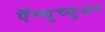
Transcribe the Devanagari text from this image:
ऍम्युच्युअर